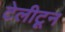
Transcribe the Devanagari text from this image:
टेलीटून